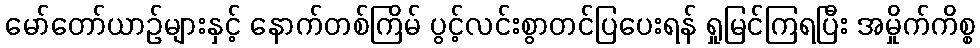
မော်တော်ယာဉ်များနှင့် နောက်တစ်ကြိမ် ပွင့်လင်းစွာတင်ပြပေးရန် ရှုမြင်ကြရပြီး အမှိုက်ကိစ္စ